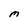
Character: M